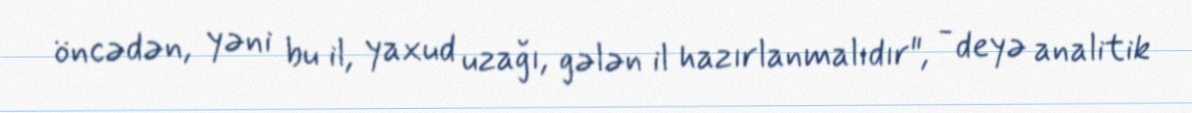
öncədən, yəni bu il, yaxud uzağı, gələn il hazırlanmalıdır", - deyə analitik